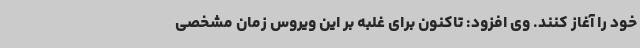
خود را آغاز کنند. وی افزود: تاکنون برای غلبه بر این ویروس زمان مشخصی